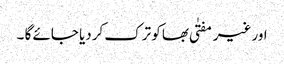
اور غیر مفتٰی بھا کو ترک کردیا جائے گا ۔